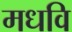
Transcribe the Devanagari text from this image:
मधवि